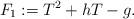
LaTeX: \begin{align*} F_1:=T^2+hT-g.\end{align*}